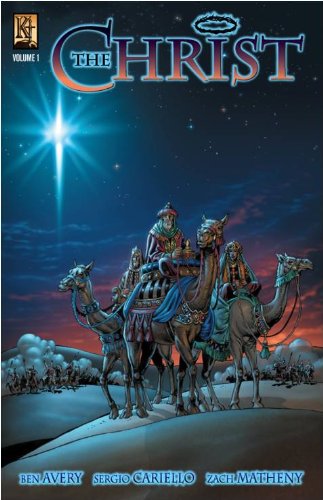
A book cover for The Christ: Graphic Novel (Vol. 1); Ben Avery; Comics & Graphic Novels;